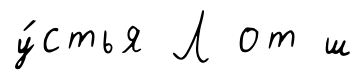
у́стья Л от ш